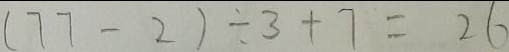
( 7 7 - 2 ) \div 3 + 7 = 2 6